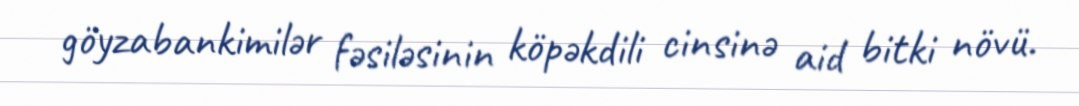
göyzabankimilər fəsiləsinin köpəkdili cinsinə aid bitki növü.